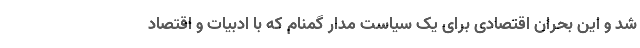
شد و این بحران اقتصادی برای یک سیاست مدار گمنام که با ادبیات و اقتصاد